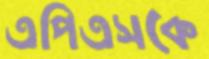
এপিএসকে